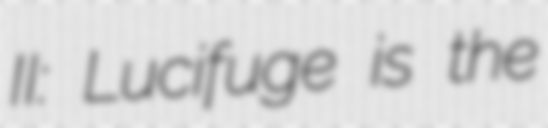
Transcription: II: Lucifuge is the